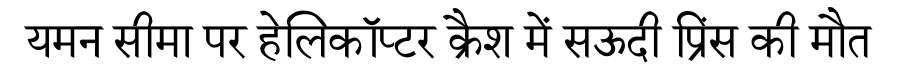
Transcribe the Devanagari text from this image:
यमन सीमा पर हेलिकॉप्टर क्रैश में सऊदी प्रिंस की मौत